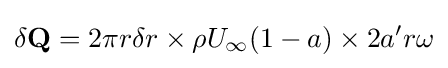
\delta \mathbf {Q} =2\pi r\delta r\times \rho U_{\infty }(1-a)\times 2a'r\omega